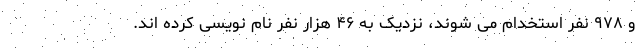
و ۹۷۸ نفر استخدام می شوند، نزدیک به ۴۶ هزار نفر نام نویسی کرده اند.